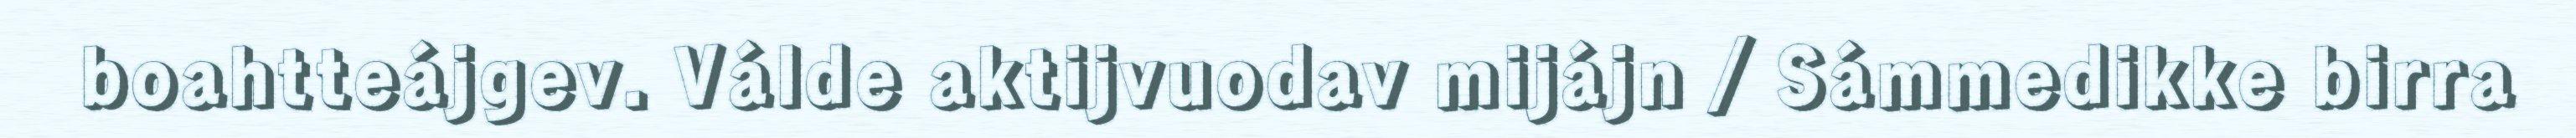
boahtteájgev. Válde aktijvuodav mijájn / Sámmedikke birra